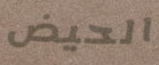
الحيض